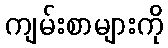
ကျမ်းစာများကို